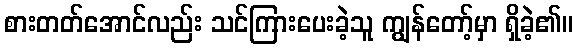
စားတတ်အောင်လည်း သင်ကြားပေးခဲ့သူ ကျွန်တော့်မှာ ရှိခဲ့၏။